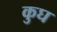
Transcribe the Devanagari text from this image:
कुघ